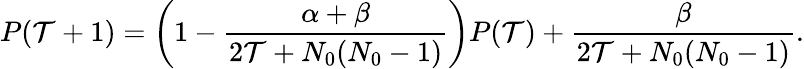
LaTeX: P(\mathcal{T}+1)=\left(1-\frac{{\alpha+\beta}}{{2\mathcal{T}+N_{0}(N_{0}-1)}}\right)P(\mathcal{T})+\frac{{\beta}}{{2\mathcal{T}+N_{0}(N_{0}-1)}}.